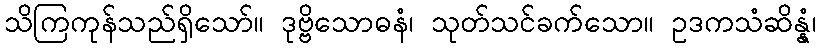
သိကြကုန်သည်ရှိသော်။ ဒုဗ္ဗိသောဓနံ၊ သုတ်သင်ခက်သော။ ဥဒကသံဆိန္နံ၊